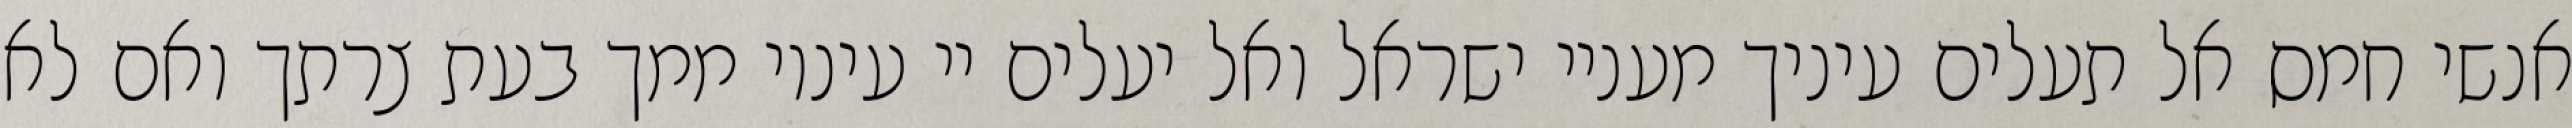
אנשי חמס אל תעלים עיניך מעניי ישראל ואל יעלים יי עיניו ממך בעת צרתך ואם לא